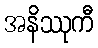
အနိဿုကီ